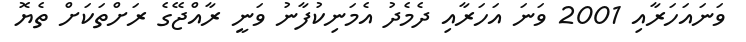
ވަނައަހަރާއި 2001 ވަނަ އަހަރާއި ދެމެދު އެމަނިކުފާނު ވަނީ ރާއްޖޭގެ ރަށްތަކަށް ތެޔޮ